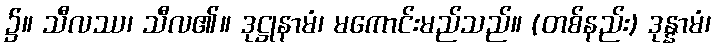
၌။ သီလဿ၊ သီလ၏။ ဒုဋ္ဌုနာမံ၊ မကောင်းမည်သည်။ (တစ်နည်း) ဒုန္နာမံ၊